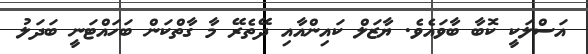
އަސްލަކީ ކޮބާ ބާވައެވެ. ޔާޒަލް ކައިންއާއި ދޭތެރޭ މާ ގާތްކަން ބަހައްޓަނީ ބަދަލު